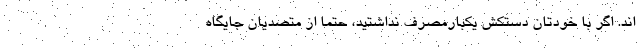
اند. اگر با خودتان دستکش یکبارمصرف نداشتید، حتما از متصدیان جایگاه